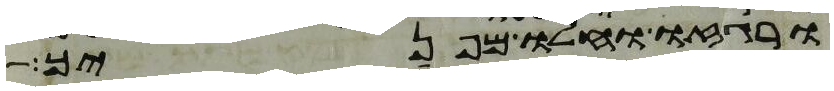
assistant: ורגזו וחלו מפניך